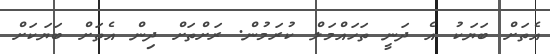
އެތަށް ބަޔަކު އެ ދަނީ ތަހައްމަލް ކުރަމުން. ރަށްތަށް ދިން އެތަށް ބަޔަކަށް